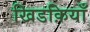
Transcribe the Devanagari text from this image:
खिडक़ियाँ